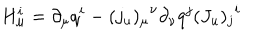
LaTeX: H _ { \mu } ^ { i } = \partial _ { \mu } q ^ { i } - { ( j _ { u } ) _ { \mu } } ^ { \nu } \partial _ { \nu } q ^ { j } { ( J _ { u } ) _ { j } } ^ { i }